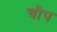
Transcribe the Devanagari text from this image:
चौप